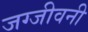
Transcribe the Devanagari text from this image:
जग्जीवनी